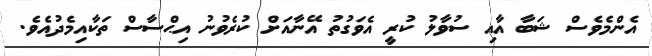
އެންމެވެސް ޝަބާ އާއި ސުވާލު ކުރީ އެވަގުތު އޭނާއަށް ކުރެވުނު އިޙްސާސް ތަކާއިމެދުއެވެ.